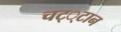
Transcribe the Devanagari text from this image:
चट््टान